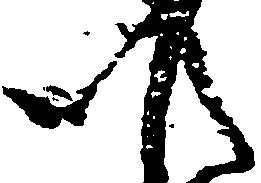
以